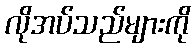
လိုအပ်သည်များကို